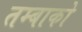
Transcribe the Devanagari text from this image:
तम्बाको